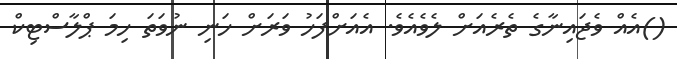
()އެއް ވެޖައިނާގެ ތެރެއަށް ލެވެއެވެ. އެއަށްފަހު ވަރަށް ހަނި ނުވަތަ ހިމަ ޕްލާސްޓިކް